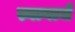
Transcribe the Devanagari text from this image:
स्नानाचे